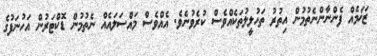
ޒަޚަމެއް ފެންނާންނެތުމުން އިތުރު ތަހުލީލުތަކެއްވެސް ކުރެވުނެވެ. އެއްވެސް މައްސަލައެއް ނެތުމުން ޑޮކްޓަރުން އަހުނަފުގެ